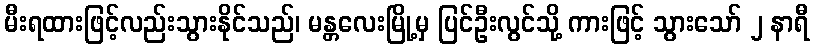
မီးရထားဖြင့်လည်းသွားနိုင်သည်၊ မန္တလေးမြို့မှ ပြင်ဦးလွင်သို့ ကားဖြင့် သွားသော် ၂ နာရီ